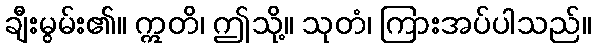
ချီးမွမ်း၏။ ဣတိ၊ ဤသို့။ သုတံ၊ ကြားအပ်ပါသည်။